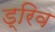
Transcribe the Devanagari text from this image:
ड्रिव